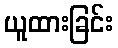
ယူထားခြင်း